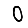
Digit: 0